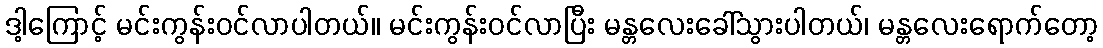
ဒါ့ကြောင့် မင်းကွန်းဝင်လာပါတယ်။ မင်းကွန်းဝင်လာပြီး မန္တလေးခေါ်သွားပါတယ်၊ မန္တလေးရောက်တော့